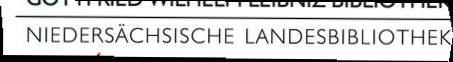
NIEDERSÄCHSISCHE LANDESBIBLIOTHEK